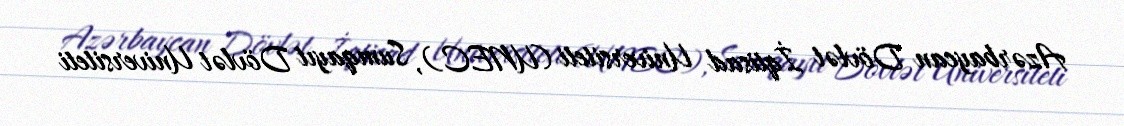
Azərbaycan Dövlət İqtisad Universiteti (UNEC), Sumqayıt Dövlət Universiteti